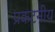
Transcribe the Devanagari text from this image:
प्रकटनीय